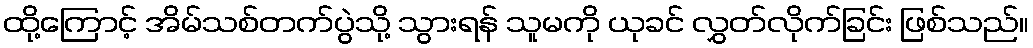
ထို့ကြောင့် အိမ်သစ်တက်ပွဲသို့ သွားရန် သူမကို ယုခင် လွှတ်လိုက်ခြင်း ဖြစ်သည်။